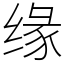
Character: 缘